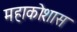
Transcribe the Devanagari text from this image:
महाकोशास